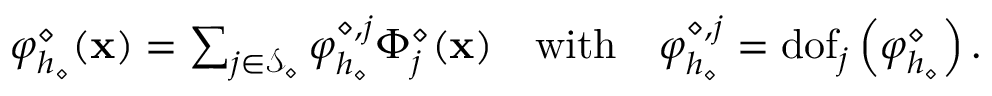
\begin{array} { r l } & { \varphi _ { h _ { \diamond } } ^ { \diamond } ( \mathbf { x } ) = \sum _ { j \in \mathcal { S } _ { \diamond } } \varphi _ { h _ { \diamond } } ^ { \diamond , j } \Phi _ { j } ^ { \diamond } ( \mathbf { x } ) \quad \mathrm { w i t h } \quad \varphi _ { h _ { \diamond } } ^ { \diamond , j } = \mathrm { d o f } _ { j } \left( \varphi _ { h _ { \diamond } } ^ { \diamond } \right) . } \end{array}